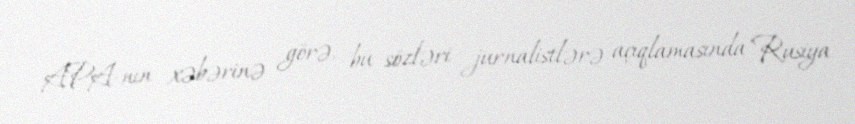
APA-nın xəbərinə görə, bu sözləri jurnalistlərə açıqlamasında Rusiya